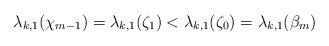
\begin{align*}\lambda_{k,1}(\chi_{m-1}) = \lambda_{k,1}(\zeta_1) < \lambda_{k,1}(\zeta_0) = \lambda_{k,1}(\beta_m)\end{align*}